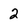
Character: 2